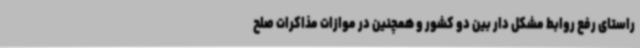
راستای رفع روابط مشکل دار بین دو کشور و همچنین در موازات مذاکرات صلح